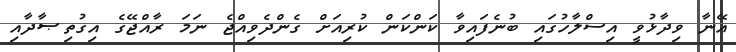
އޭނާ ވިދާޅުވީ އިސްލާހުގައި ބުނެފައިވާ ކަންކަން ކުރިއަށް ގެންދެވިއްޖެ ނަމަ ރާއްޖޭގެ އިގުތިޞާދާއި